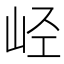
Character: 𫵸